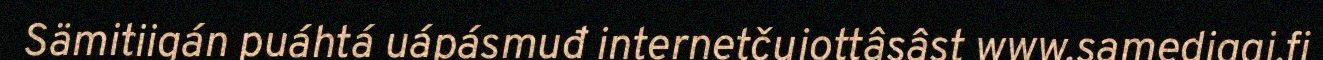
Sämitiigán puáhtá uápásmuđ internetčujottâsâst www.samediggi.fi